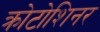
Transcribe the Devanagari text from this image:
क्रोटोशिनर